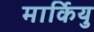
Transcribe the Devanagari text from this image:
मार्कियु